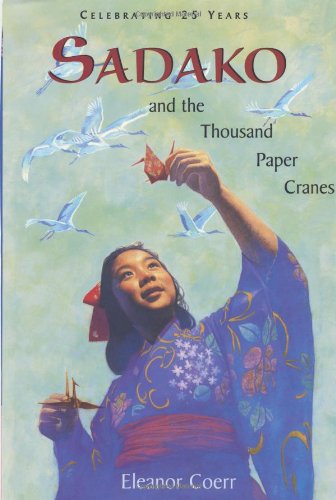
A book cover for Sadako and the Thousand Paper Cranes: 25th Anniversary edition; Eleanor Coerr; Literature & Fiction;